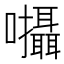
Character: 𡆄